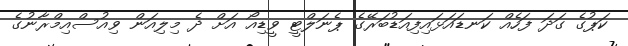
ކަޕުގެ ގަދަ ފަހެއް ކަނޑައަޅައިފިއަޑުބަރޭގެ ޕެނަލްޓީ ވީޑިއޯ އަށް ދެ މިލިއަން ވިއުސްއިމްރާނުގެ